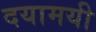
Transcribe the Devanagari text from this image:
दयामयी